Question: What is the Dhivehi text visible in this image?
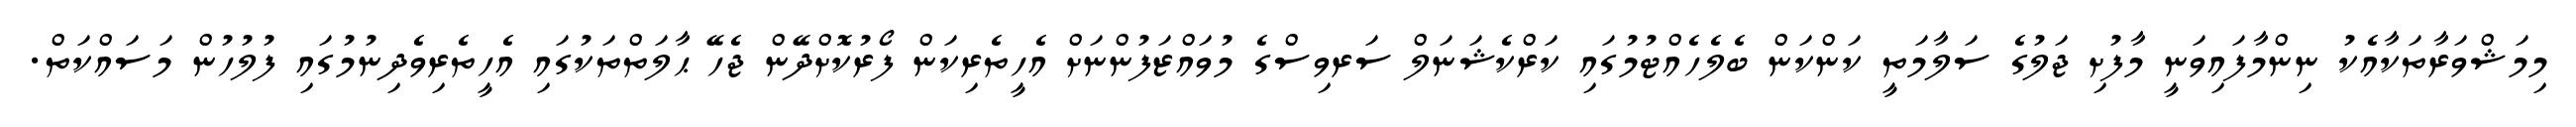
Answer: މިމަޝްވަރާތަކާއެކު ނިންމާފައިވަނީ މާފުށި ޖަލުގެ ސަލާމަތީ ކަންކަން ބެލެހެއްޓުމުގައި ކަރްކެޝަނަލް ސަރވިސްގެ މުވައްޒަފުންނަށް އެހީތެރިކަން ފޯރުކޮށްދޭން ޖެހޭ ޙާލަތްތަކުގައި އެހީތެރިވެދިނުމުގައި ފުލުހުން މަސައްކަތް.